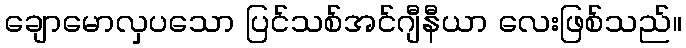
ချောမောလှပသော ပြင်သစ်အင်ဂျီနီယာ လေးဖြစ်သည်။